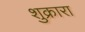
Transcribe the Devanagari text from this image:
शुक्रारा